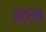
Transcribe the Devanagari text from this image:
हंटला